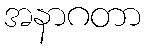
အနာဂတာ